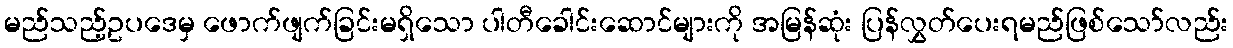
မည်သည့်ဥပဒေမှ ဖောက်ဖျက်ခြင်းမရှိသော ပါတီခေါင်းဆောင်များကို အမြန်ဆုံး ပြန်လွှတ်ပေးရမည်ဖြစ်သော်လည်း